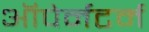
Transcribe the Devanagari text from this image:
ऑपेर्नटर्म